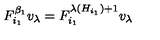
F _ { i _ { 1 } } ^ { \beta _ { 1 } } v _ { \lambda } = F _ { i _ { 1 } } ^ { \lambda ( H _ { i _ { 1 } } ) + 1 } v _ { \lambda }